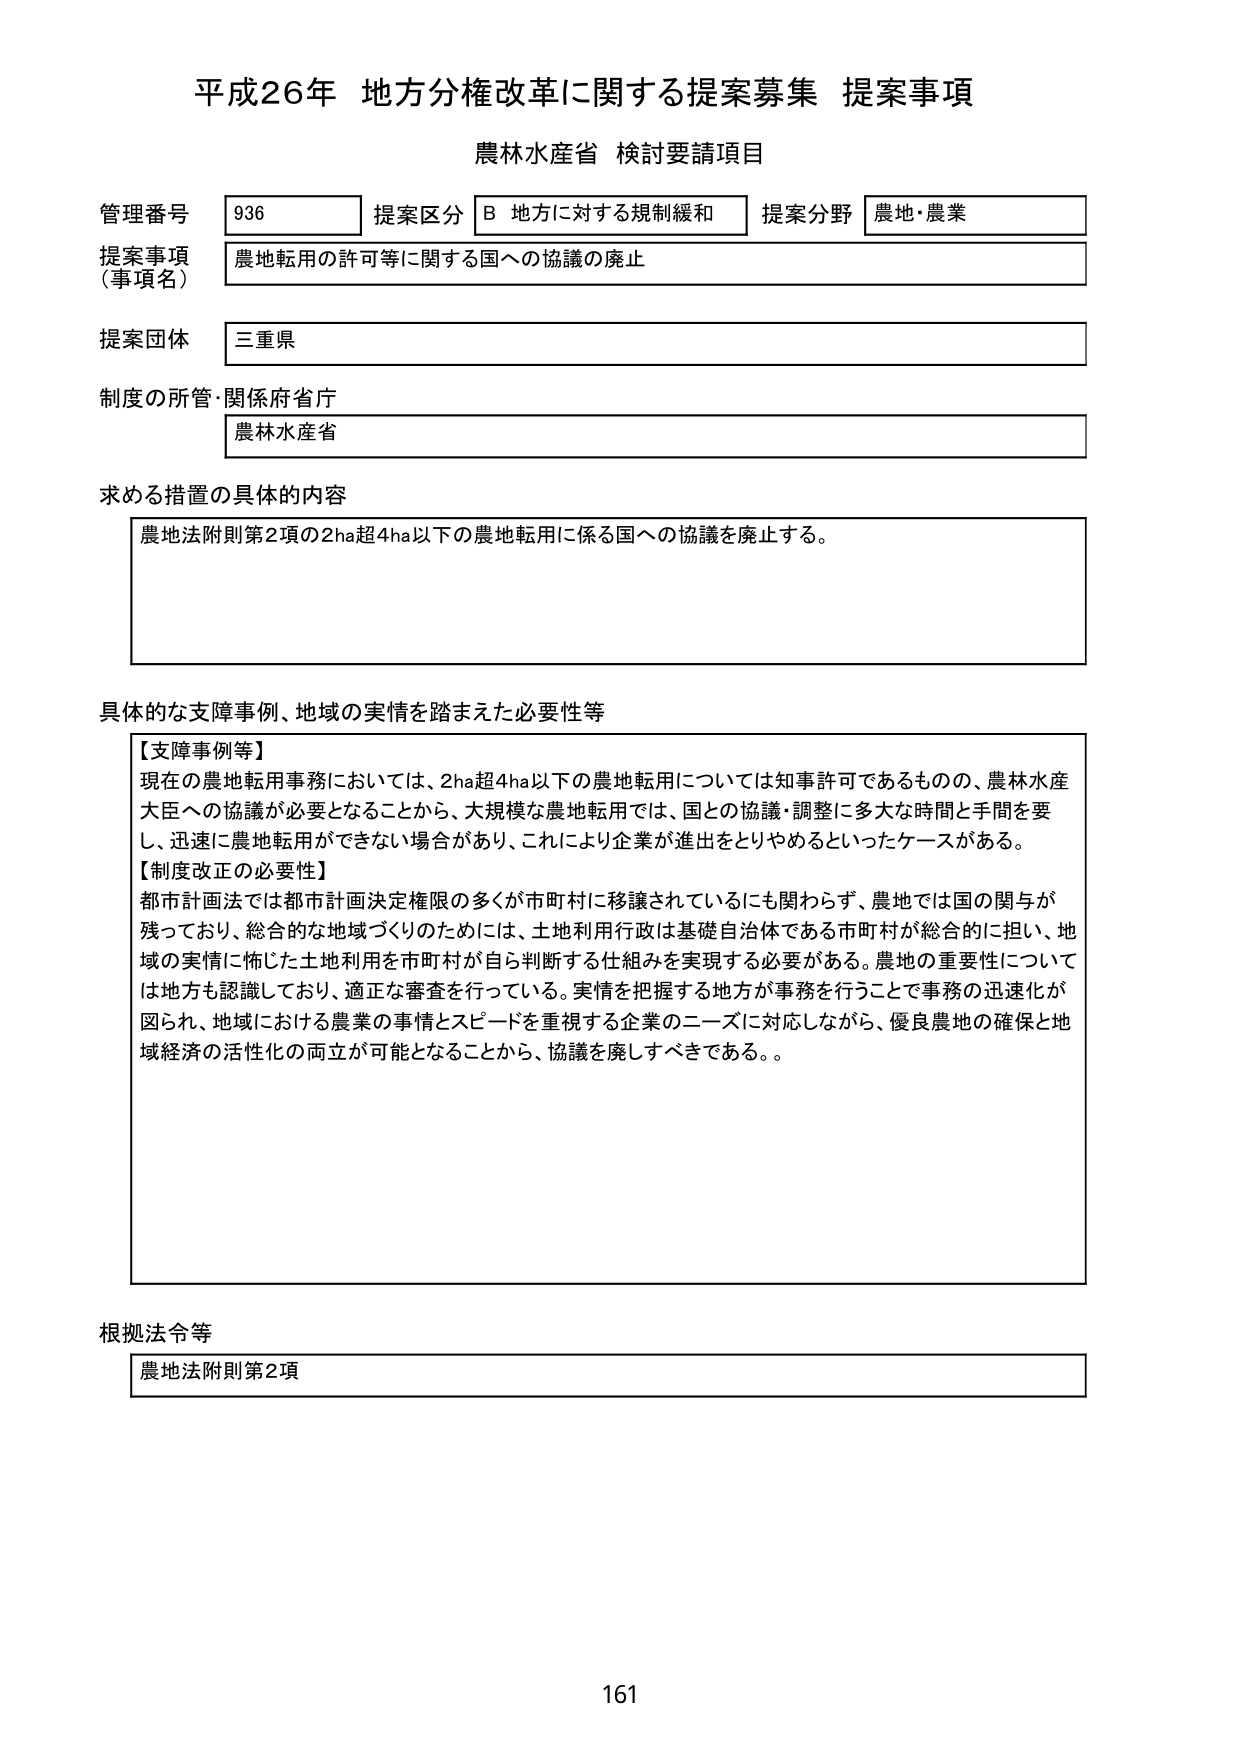
平成26年 地方分権改革に関する提案募集 提案事項
農林水産省 検討要請項目

管理番号 936 提案区分 B 地方に対する規制緩和 提案分野 農地・農業
提案事項（事項名） 農地転用の許可等に関する国への協議の廃止
提案団体 三重県
制度の所管・関係府省庁 農林水産省

求める措置の具体的内容
農地法附則第2項の2ha超4ha以下の農地転用に係る国への協議を廃止する。

具体的な支障事例、地域の実情を踏まえた必要性等
【支障事例等】
現在の農地転用事務においては、2ha超4ha以下の農地転用については知事許可であるものの、農林水産大臣への協議が必要となることから、大規模な農地転用では、国との協議・調整に多大な時間と手間を要し、迅速に農地転用ができない場合があり、これにより企業が進出をとりやめるといったケースがある。
【制度改正の必要性】
都市計画法では都市計画決定権限の多くが市町村に移譲されているにも関わらず、農地では国の関与が残っており、総合的な地域づくりのためには、土地利用行政は基礎自治体である市町村が総合的に担い、地域の実情に怖じた土地利用を市町村が自ら判断する仕組みを実現する必要がある。農地の重要性については地方も認識しており、適正な審査を行っている。実情を把握する地方が事務を行うことで事務の迅速化が図られ、地域における農業の事情とスピードを重視する企業のニーズに対応しながら、優良農地の確保と地域経済の活性化の両立が可能となることから、協議を廃止すべきである。。

根拠法令等
農地法附則第2項

161